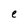
Character: e